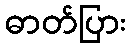
ဓာတ်ပြား